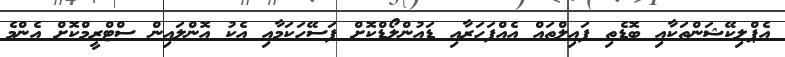
އެޕްލިކޭޝަންތަކާއި ބޮޑެތި ފައިލްތައް އެއްފަހަރާއި ޑައުންލޯޑްކޮށް ފަސޭހަކަމާއި އެކު އޮންލައިން ސްޓްރީމްކޮށް އެންމެ